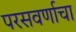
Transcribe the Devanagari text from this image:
परसवर्णाचा